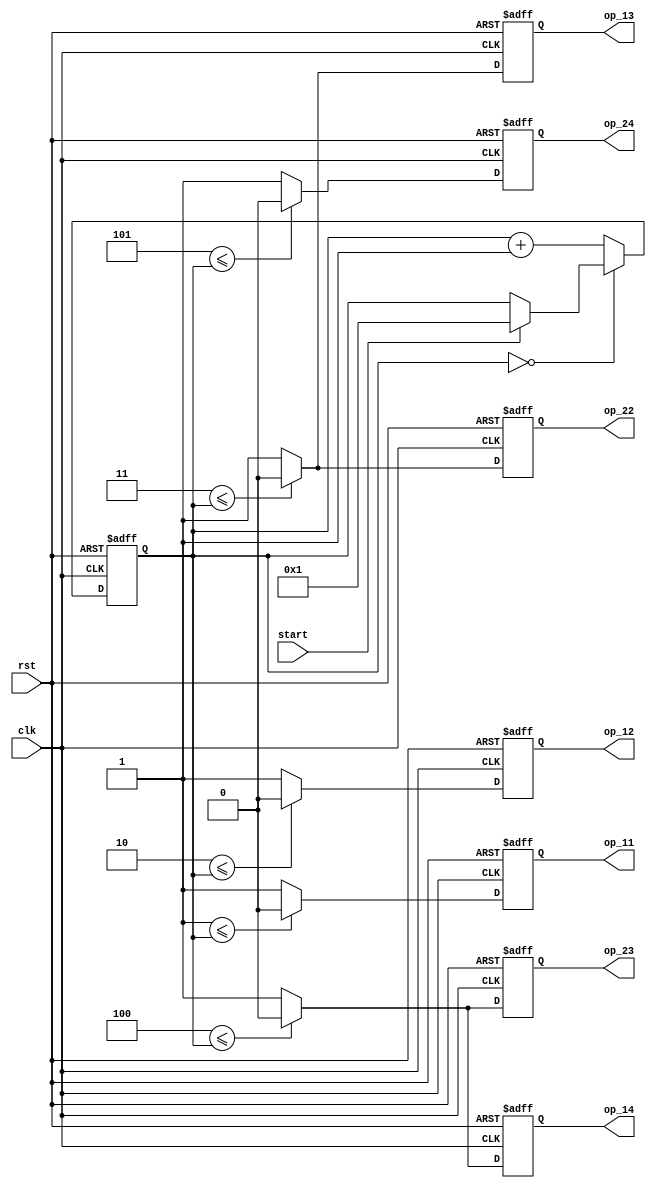
module control
(
    input clk,rst,
    input start,
    output reg op_11,op_12,op_13,op_14,op_22,op_23,op_24
);

//id_mn = m+n
localparam id_11 = 2,
           id_12 = 3,
           id_13 = 4,
           id_14 = 5,
           id_22 = 4,
           id_23 = 5,
           id_24 = 6;
           

reg [3:0] state;

always @(posedge clk, posedge rst)
    if(rst) begin
			state <= 0;
			op_11 <= 0;
			op_12 <= 0;
			op_13 <= 0;
			op_14 <= 0;
			op_22 <= 0;
			op_23 <= 0;
			op_24 <= 0;
	 end
    else begin
        op_11 <= ( id_11-1 <= state) ? 0 : 1;
        op_12 <= ( id_12-1 <= state) ? 0 : 1;
        op_13 <= ( id_13-1 <= state) ? 0 : 1;
        op_14 <= ( id_14-1 <= state) ? 0 : 1;
        op_22 <= ( id_22-1 <= state) ? 0 : 1;
        op_23 <= ( id_23-1 <= state) ? 0 : 1;
        op_24 <= ( id_24-1 <= state) ? 0 : 1;
        case(state)
            0: begin
                if(start==1)
                    state<=1;
            end
            default: begin
                state<=state+1;
            end

        endcase
    end

endmodule